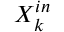
X _ { k } ^ { i n }